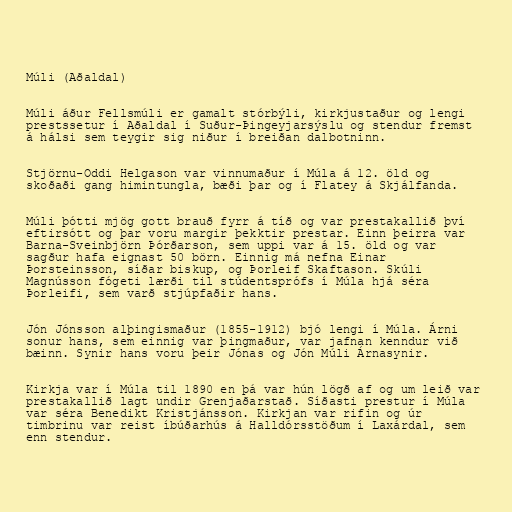
Múli (Aðaldal)

Múli áður Fellsmúli er gamalt stórbýli, kirkjustaður og lengi
prestssetur í Aðaldal í Suður-Þingeyjarsýslu og stendur fremst
á hálsi sem teygir sig niður í breiðan dalbotninn.

Stjörnu-Oddi Helgason var vinnumaður í Múla á 12. öld og
skoðaði gang himintungla, bæði þar og í Flatey á Skjálfanda.

Múli þótti mjög gott brauð fyrr á tíð og var prestakallið því
eftirsótt og þar voru margir þekktir prestar. Einn þeirra var
Barna-Sveinbjörn Þórðarson, sem uppi var á 15. öld og var
sagður hafa eignast 50 börn. Einnig má nefna Einar
Þorsteinsson, síðar biskup, og Þorleif Skaftason. Skúli
Magnússon fógeti lærði til stúdentsprófs í Múla hjá séra
Þorleifi, sem varð stjúpfaðir hans.

Jón Jónsson alþingismaður (1855-1912) bjó lengi í Múla. Árni
sonur hans, sem einnig var þingmaður, var jafnan kenndur við
bæinn. Synir hans voru þeir Jónas og Jón Múli Árnasynir.

Kirkja var í Múla til 1890 en þá var hún lögð af og um leið var
prestakallið lagt undir Grenjaðarstað. Síðasti prestur í Múla
var séra Benedikt Kristjánsson. Kirkjan var rifin og úr
timbrinu var reist íbúðarhús á Halldórsstöðum í Laxárdal, sem
enn stendur.